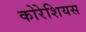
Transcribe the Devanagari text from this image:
कोरेशियस